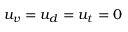
u _ { v } = u _ { d } = u _ { t } = 0